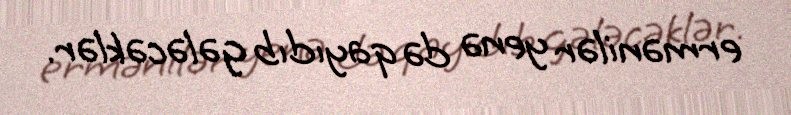
ermənilər yenə də qayıdıb gələcəklər.